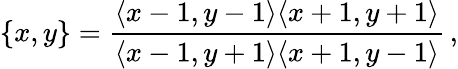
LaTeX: \{ x,y\} =\frac{\langle x-1,y-1\rangle\langle x+1,y+1\rangle}{\langle x-1,y+1\rangle\langle x+1,y-1\rangle}\, ,